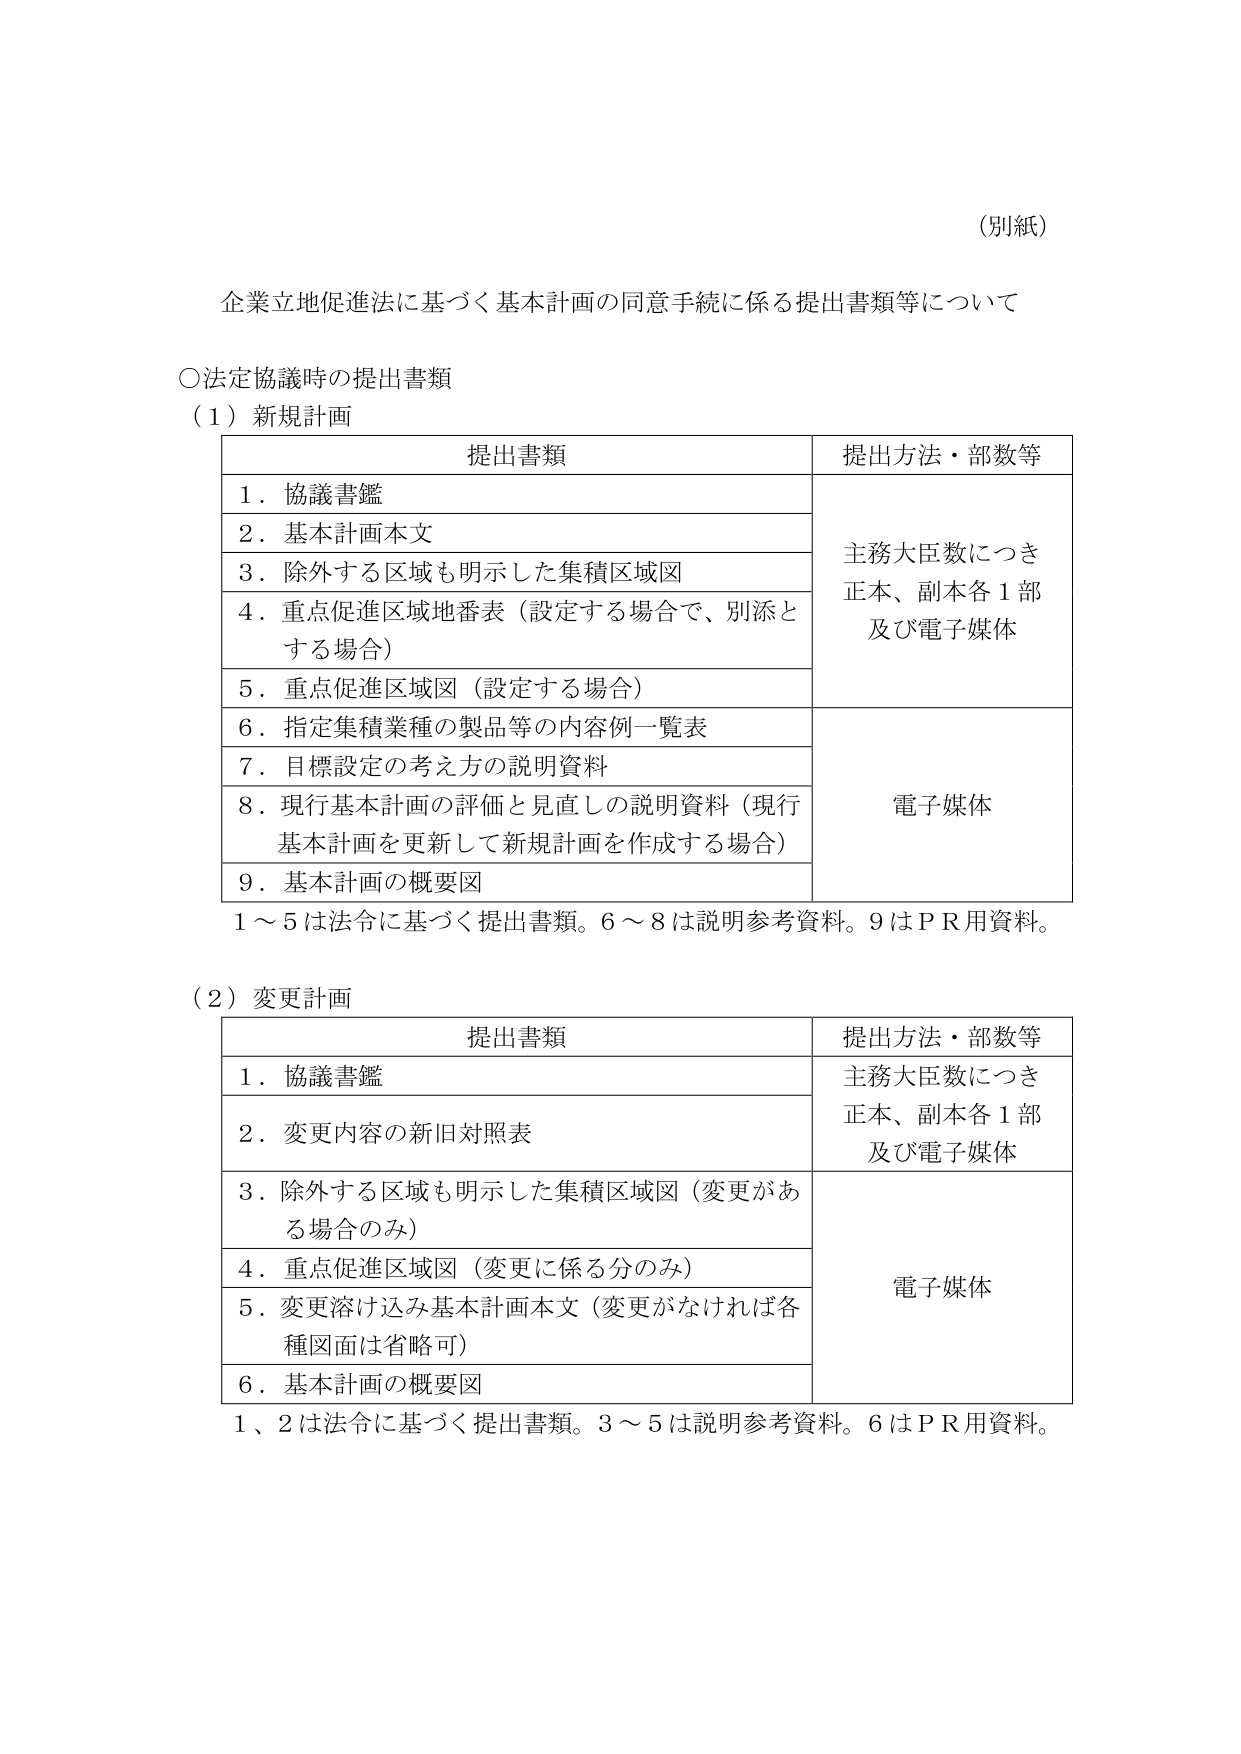
（別紙）

企業立地促進法に基づく基本計画の同意手続に係る提出書類等について

○法定協議時の提出書類

（1）新規計画

提出書類　　　　　　　　　　　　　　　　　　　提出方法・部数等
1．協議書鑑　　　　　　　　　　　　　　　　　主務大臣数につき
2．基本計画本文　　　　　　　　　　　　　　　正本、副本各1部
3．除外する区域も明示した集積区域図　　　　　及び電子媒体
4．重点促進区域地番表（設定する場合で、別添とする場合）
5．重点促進区域図（設定する場合）
6．指定集積業種の製品等の内容例一覧表　　　　電子媒体
7．目標設定の考え方の説明資料
8．現行基本計画の評価と見直しの説明資料（現行基本計画を更新して新規計画を作成する場合）
9．基本計画の概要図

1～5は法令に基づく提出書類。6～8は説明参考資料。9はＰＲ用資料。

（2）変更計画

提出書類　　　　　　　　　　　　　　　　　　　提出方法・部数等
1．協議書鑑　　　　　　　　　　　　　　　　　主務大臣数につき
2．変更内容の新旧対照表　　　　　　　　　　　正本、副本各1部
3．除外する区域も明示した集積区域図（変更がある場合のみ）　及び電子媒体
4．重点促進区域図（変更に係る分のみ）　　　　電子媒体
5．変更溶け込み基本計画本文（変更がなければ各種図面は省略可）
6．基本計画の概要図

1、2は法令に基づく提出書類。3～5は説明参考資料。6はＰＲ用資料。